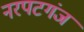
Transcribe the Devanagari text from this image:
नरपटगंज